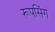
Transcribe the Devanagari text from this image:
रूपसिंग